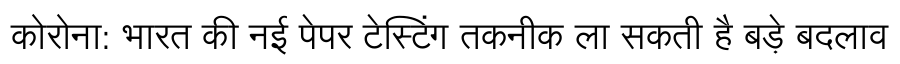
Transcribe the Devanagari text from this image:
कोरोना: भारत की नई पेपर टेस्टिंग तकनीक ला सकती है बड़े बदलाव